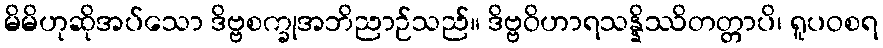
မိမိဟုဆိုအပ်သော ဒိဗ္ဗစက္ခုအဘိညာဉ်သည်။ ဒိဗ္ဗဝိဟာရသန္နိဿိတတ္တာပိ၊ ရူပဝစရ